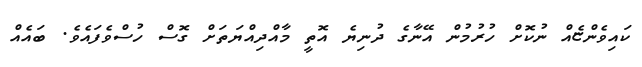
ކައިވެންޏެއް ނުކޮށް ހުރުމުން އޭނާގެ ދުނިޔެ އޮތީ މާއްދިއްޔަތަށް ގޮސް ހުސްވެފައެވެ. ބައެއް